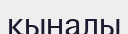
қыналы